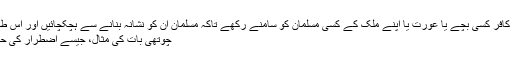
(یعنی اس صورت میں جب کہ کافر کسی بچے یا عورت یا اپنے ملک کے کسی مسلمان کو سامنے رکھے تاکہ مسلمان ان کو نشانہ بنانے سے ہچکچائیں اور اس طرح ان کے فوجی محفوظ رہیں)
چوتھی بات کی مثال، جیسے اضطرار کی حالت میں مردار کا گوشت کھانا۔